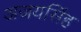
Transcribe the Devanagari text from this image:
अजयसिंह